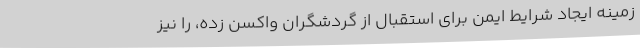
زمینه ایجاد شرایط ایمن برای استقبال از گردشگران واکسن زده، را نیز